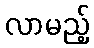
လာမည့်